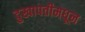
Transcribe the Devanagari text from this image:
दुखापतीमधून